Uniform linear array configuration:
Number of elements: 8
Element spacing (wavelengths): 0.5
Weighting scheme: cosine
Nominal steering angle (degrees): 0
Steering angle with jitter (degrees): -1.716
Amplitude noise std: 0.05
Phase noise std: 0.05

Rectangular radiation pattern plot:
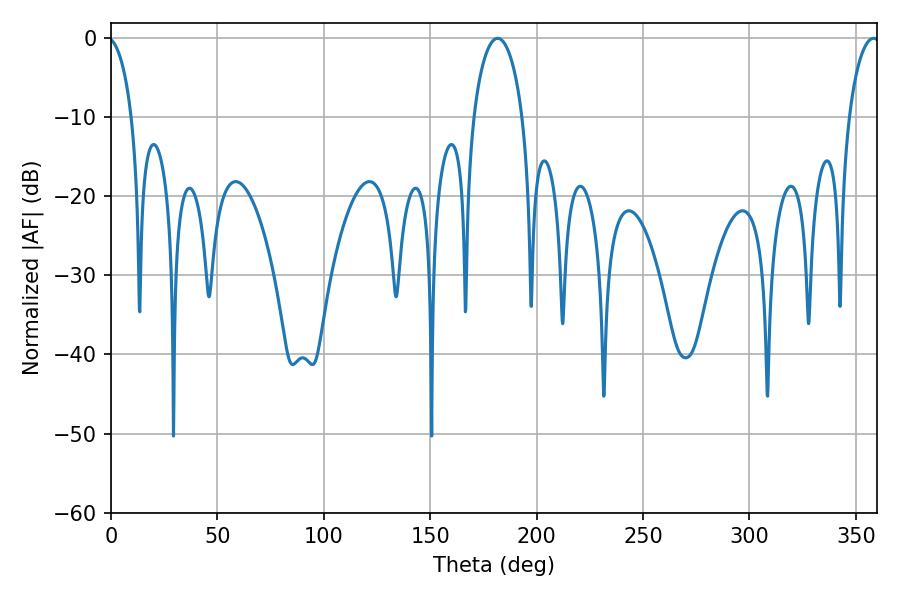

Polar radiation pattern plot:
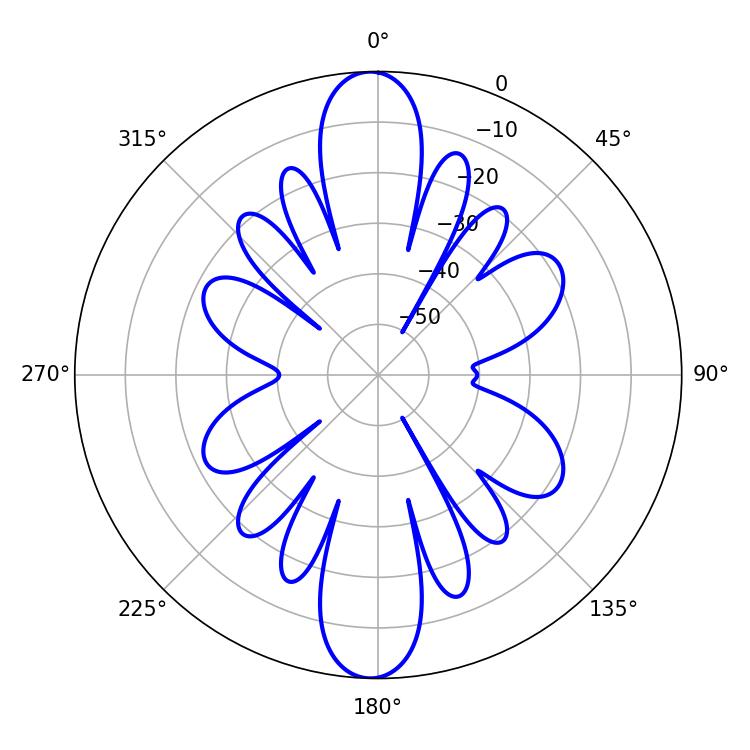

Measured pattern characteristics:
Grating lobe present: FALSE
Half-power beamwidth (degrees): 8.28
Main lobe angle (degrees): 358.38